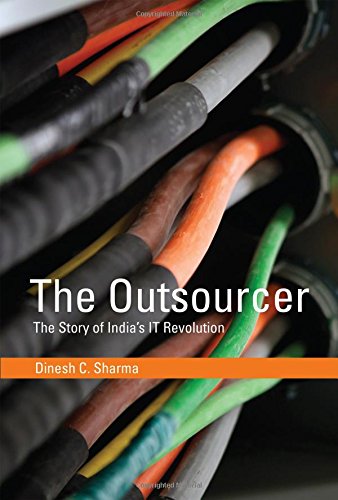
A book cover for The Outsourcer: The Story of India's IT Revolution (History of Computing); Dinesh C. Sharma; Business & Money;